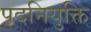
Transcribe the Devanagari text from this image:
पदनियुक्ति